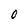
Character: 0